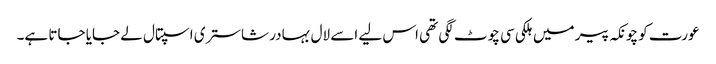
عورت کو چونکہ پیر میں ہلکی سی چوٹ لگی تھی اس لیے اسے لال بہادر شاستری اسپتال لے جایا جاتا ہے۔